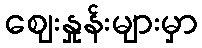
ဈေးနှုန်းများမှာ